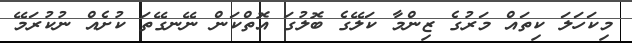
މިކަހަލަ ކިތައް މަރުގެ ޒިންމާ ކަލޭގެ ބޮލުގަ އޮތްކަން ނޭނގޭތަ ކުށެއް ނުކުރަމޭ